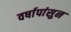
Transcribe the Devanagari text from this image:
वर्षापांसुन